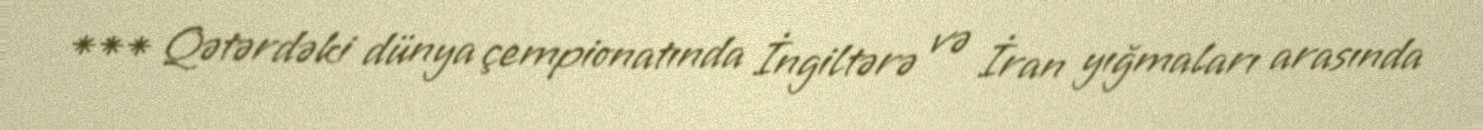
*** Qətərdəki dünya çempionatında İngiltərə və İran yığmaları arasında